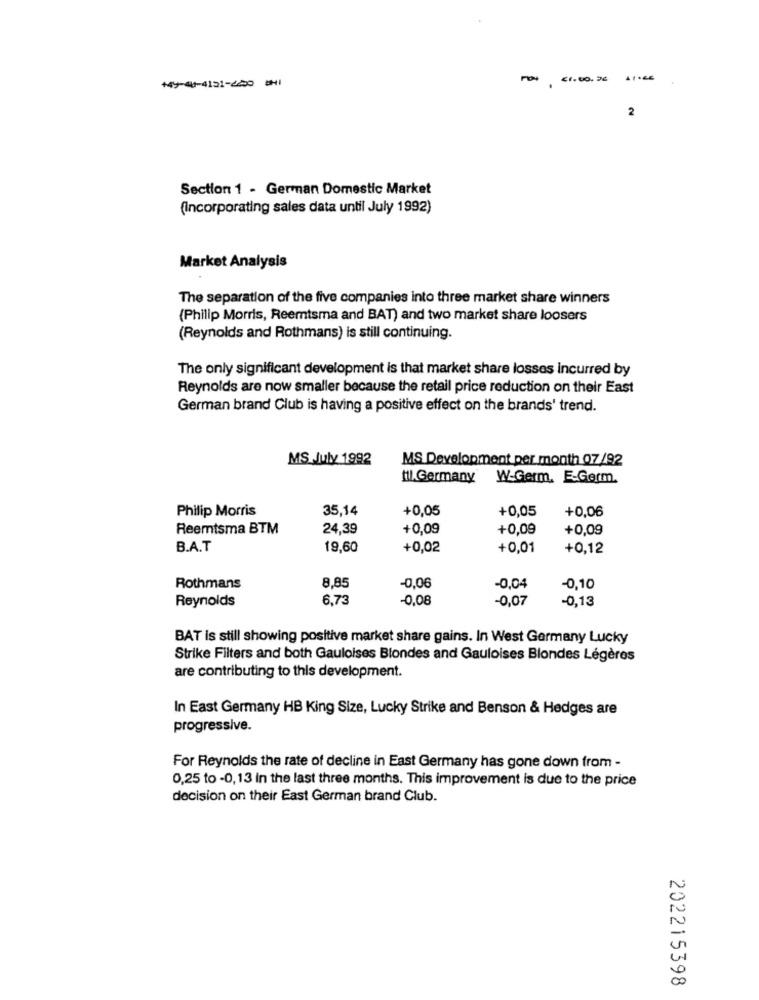
104 €1.00.20 11:05
2
Section 1 - German Domestic Market
(Incorporating sales data until July 1992)
Market Analysis
The separation of the five companies into three market share winners
(Philip Morris, Reemtsma and BAT) and two market share loosers
(Reynolds and Rothmans) is still continuing.
The only significant development is that market share losses incurred by
Reynolds are now smaller because the retail price reduction on their East
German brand Club is having a positive effect on the brands' trend.
MS July 1992
MS Development per month 07/92
til.Germany
W-Germ. E-Germ.
Philip Morris
35,14
+0,05
+0,05
+0,06
Reemtsma BTM
24,39
+0,09
+0,09
+0,09
B.A.T
19,60
+0,02
+0,01
+0,12
8,85
Rothmans
-0,06
-0,04
-0,10
Reynolds
6,73
-0,08
-0,07
-0,13
BAT is still showing positive market share gains. In West Germany Lucky
Strike Filters and both Gauloises Blondes and Gauloises Blondes Légères
are contributing to this development.
In East Germany HB King Size, Lucky Strike and Benson & Hedges are
progressive.
For Reynolds the rate of decline in East Germany has gone down from -
0,25 to -0,13 in the last three months. This improvement is due to the price
decision on their East German brand Club.
202215398